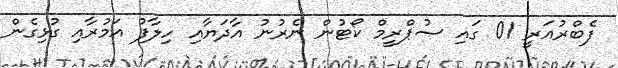
ފެބްރުއަރީ 01 ގައި ސުޕްރީމް ކޯޓުން ނެރުނު އާދަޔާއި ހިލާފު އަމުރާއި ގުޅިގެން